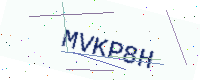
Text: MVKP8H